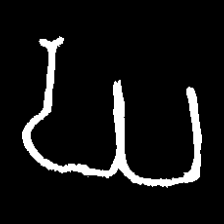
Pyu character \u2014 Myanmar letter: ဃ (romanized: gha)